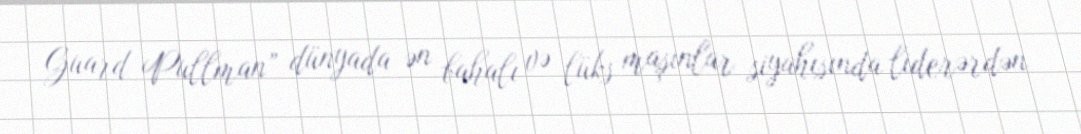
Guard Pullman” dünyada ən bahalı və lüks maşınlar siyahısında liderərdən